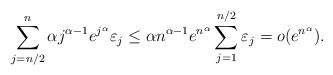
LaTeX: \begin{align*}\sum_{j=n/2}^{n} \alpha j^{\alpha-1}e^{j^\alpha}\varepsilon_j \leq \alpha n^{\alpha-1}e^{n^\alpha} \sum_{j=1}^{n/2} \varepsilon_j =o( e^{n^\alpha}).\end{align*}